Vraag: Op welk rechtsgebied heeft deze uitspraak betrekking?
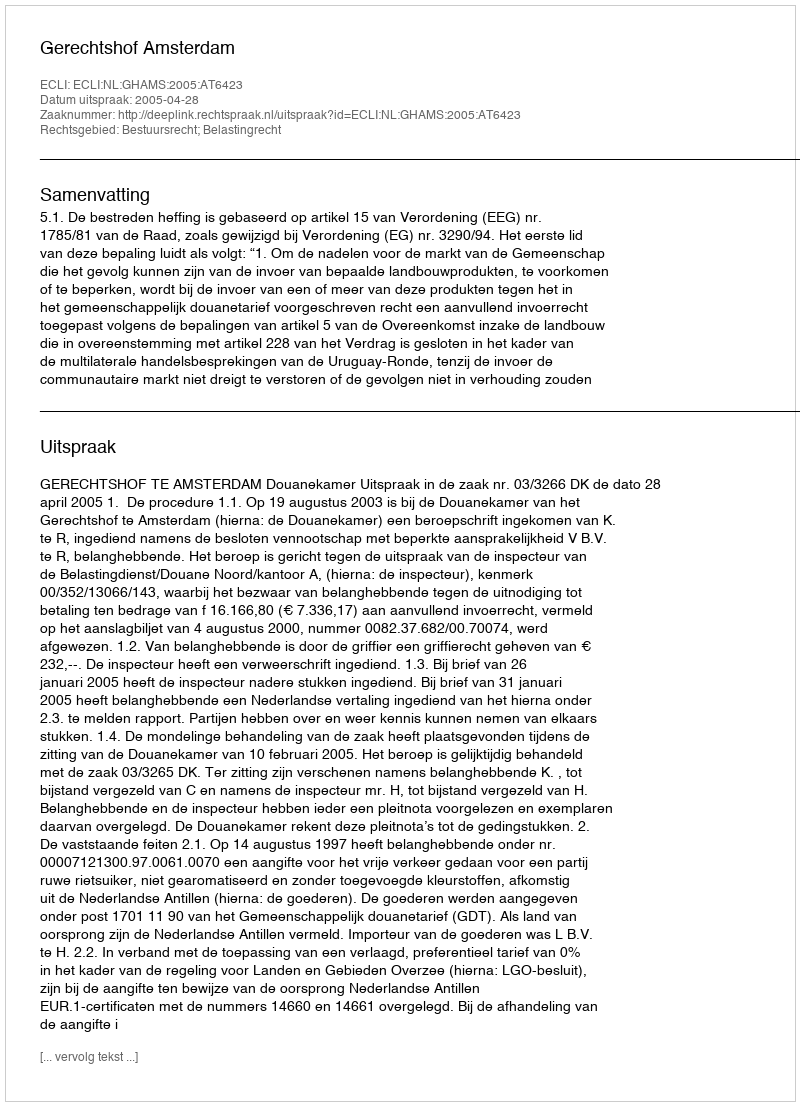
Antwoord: Bestuursrecht; Belastingrecht